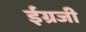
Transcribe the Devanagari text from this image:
ईग्रजी